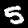
Label: 5